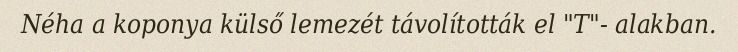
Néha a koponya külső lemezét távolították el "T"- alakban.